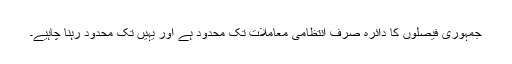
جمہوری فیصلوں کا دائرہ صرف انتظامی معاملات تک محدود ہے اور یہیں تک محدود رہنا چاہیے۔